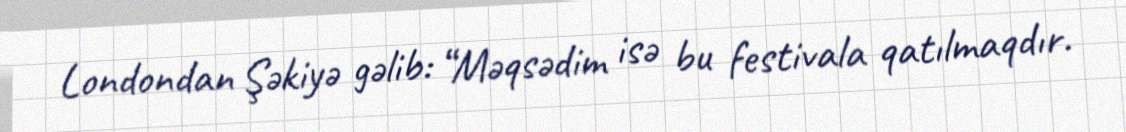
Londondan Şəkiyə gəlib: “Məqsədim isə bu festivala qatılmaqdır.